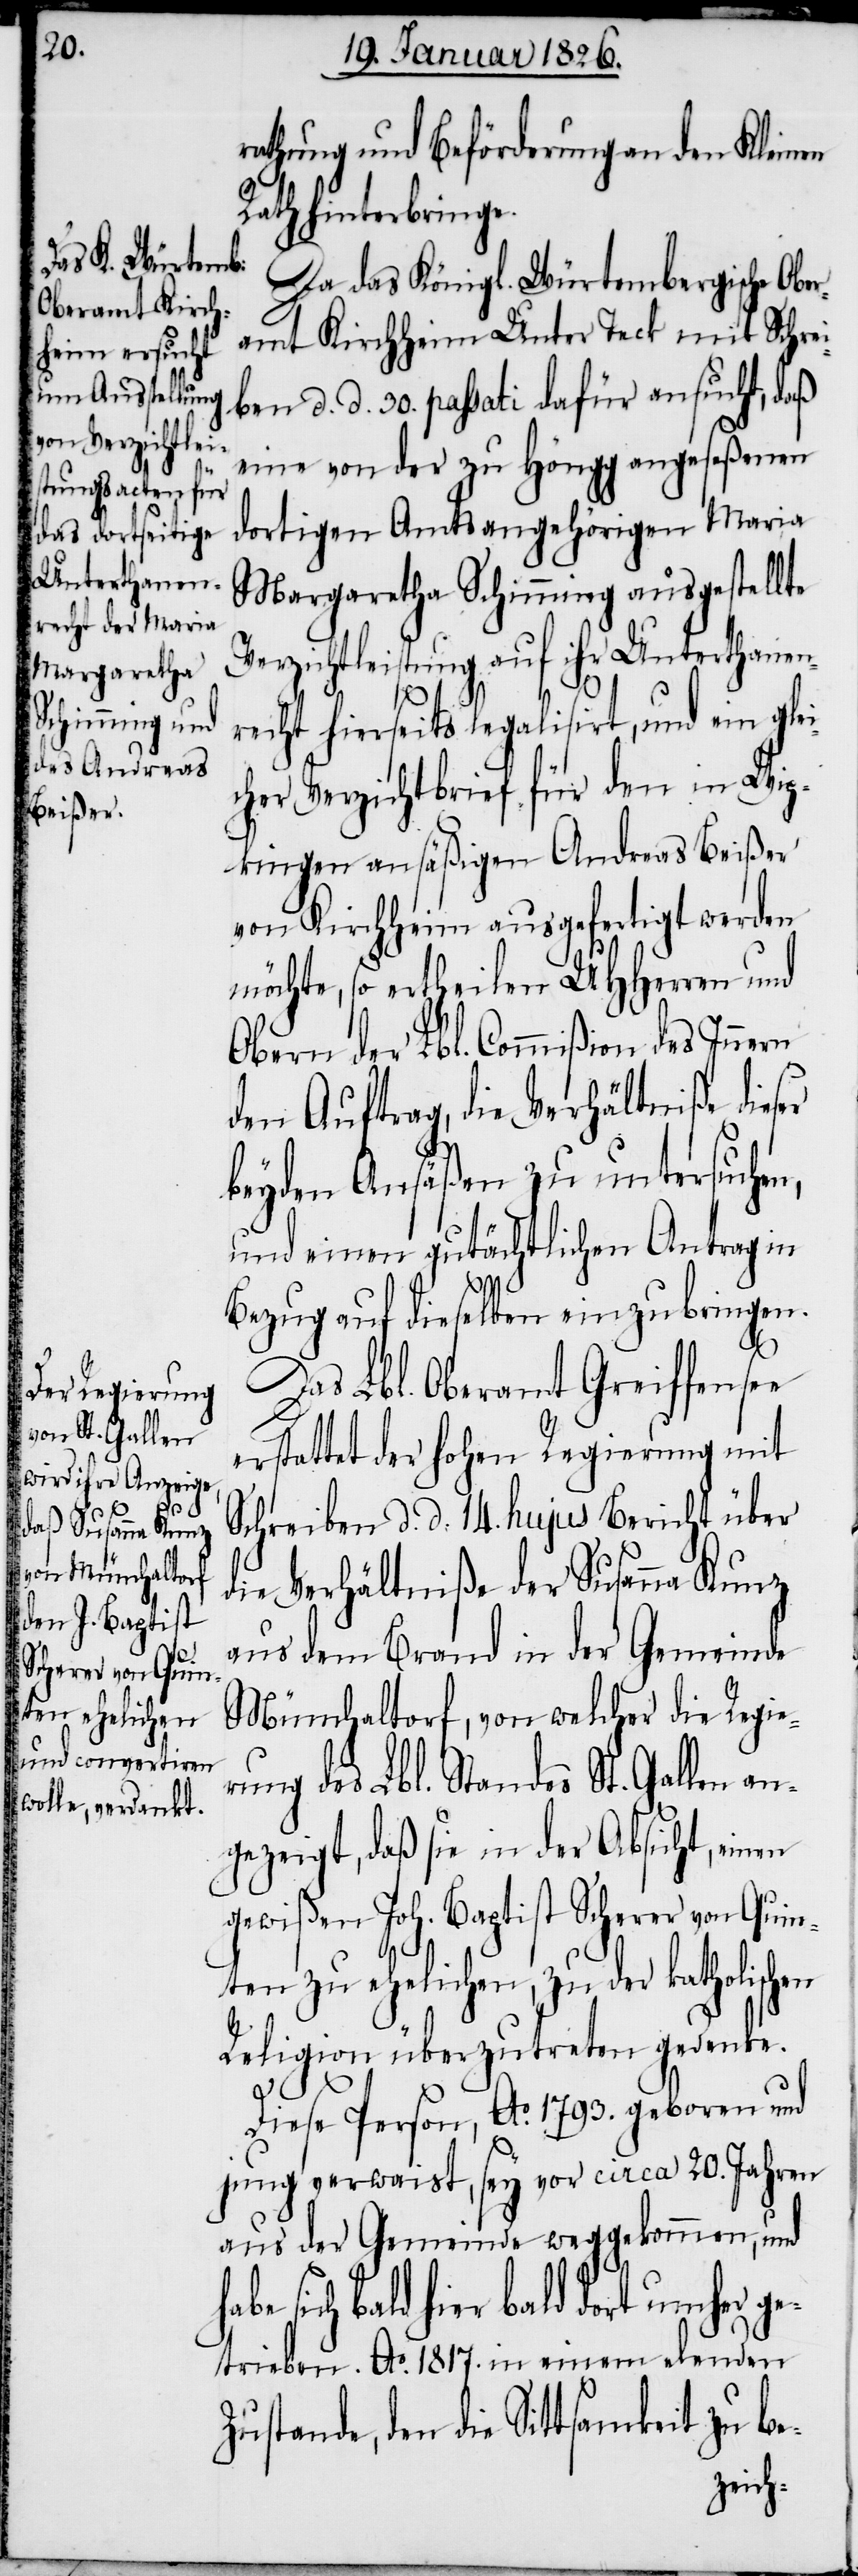
rathung und Beförderung an den Kleinen
Rath hinterbringe.
Da das Königl. Würtembergische Ober¬
amt Kirchheim Unter Teck mit Schrei¬
ben d. d. 30. passati dafür ansucht, daß
eine von der zu Höngg angeseßenen
dortigen Amtsangehörigen Maria
Margaretha Schimming ausgestellte
Verzichtleistung auf ihr Unterthanen¬
recht hierseits legalisiert, und ein
her Verzichtbrief für den in Wip¬
kingen ansäßigen Andreas Beißer
von Kirchheim ausgefertigt werden
möchte, so ertheilen UHHerren und
Obern der Lbl. Commißion des Innern
den Auftrag, die Verhältniße dieser
beyden Ansäßen zu untersuchen,
und einen gutächtlichen Antrag in
Bezug auf dieselben einzubringen.
Das Lbl. Oberamt Greiffensee
erstattet der hohen Regierung mit
Schreiben d. d. 14. hujus Bericht über
die Verhältniße der Susanna Kunz
aus dem Brand in der Gemeinde
Münchaltorf, von welcher die Regie¬
rung des Lbl. Standes St. Gallen an¬
gezeigt, daß sie in der Absicht, einen
gewißen Joh. Baptist Scherer von Quin¬
ten zu ehelichen, zu der katholischen
Religion überzutreten gedenke.
Diese Person, Ao. 1793. geboren und
jung verwaist, sey vor circa 20. Jahren
aus der Gemeinde weggekommen, und
sich bald hier bald dort umher g¬
etrieben. Ao. 1817. in einem elenden
Zustande, den die Sittsamkeit zu be-
gleic¬